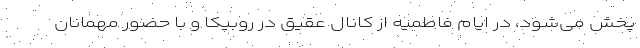
پخش می‌شود، در ایام فاطمیه از کانال عقیق در روبیکا و با حضور مهمانان